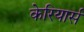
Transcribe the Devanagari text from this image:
केरियार्स